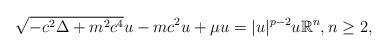
LaTeX: \begin{align*} \sqrt{-c^2\Delta + m^2c^4}u -mc^2 u +\mu u = |u|^{p-2}u \mathbb{R}^n,n \geq 2,\end{align*}